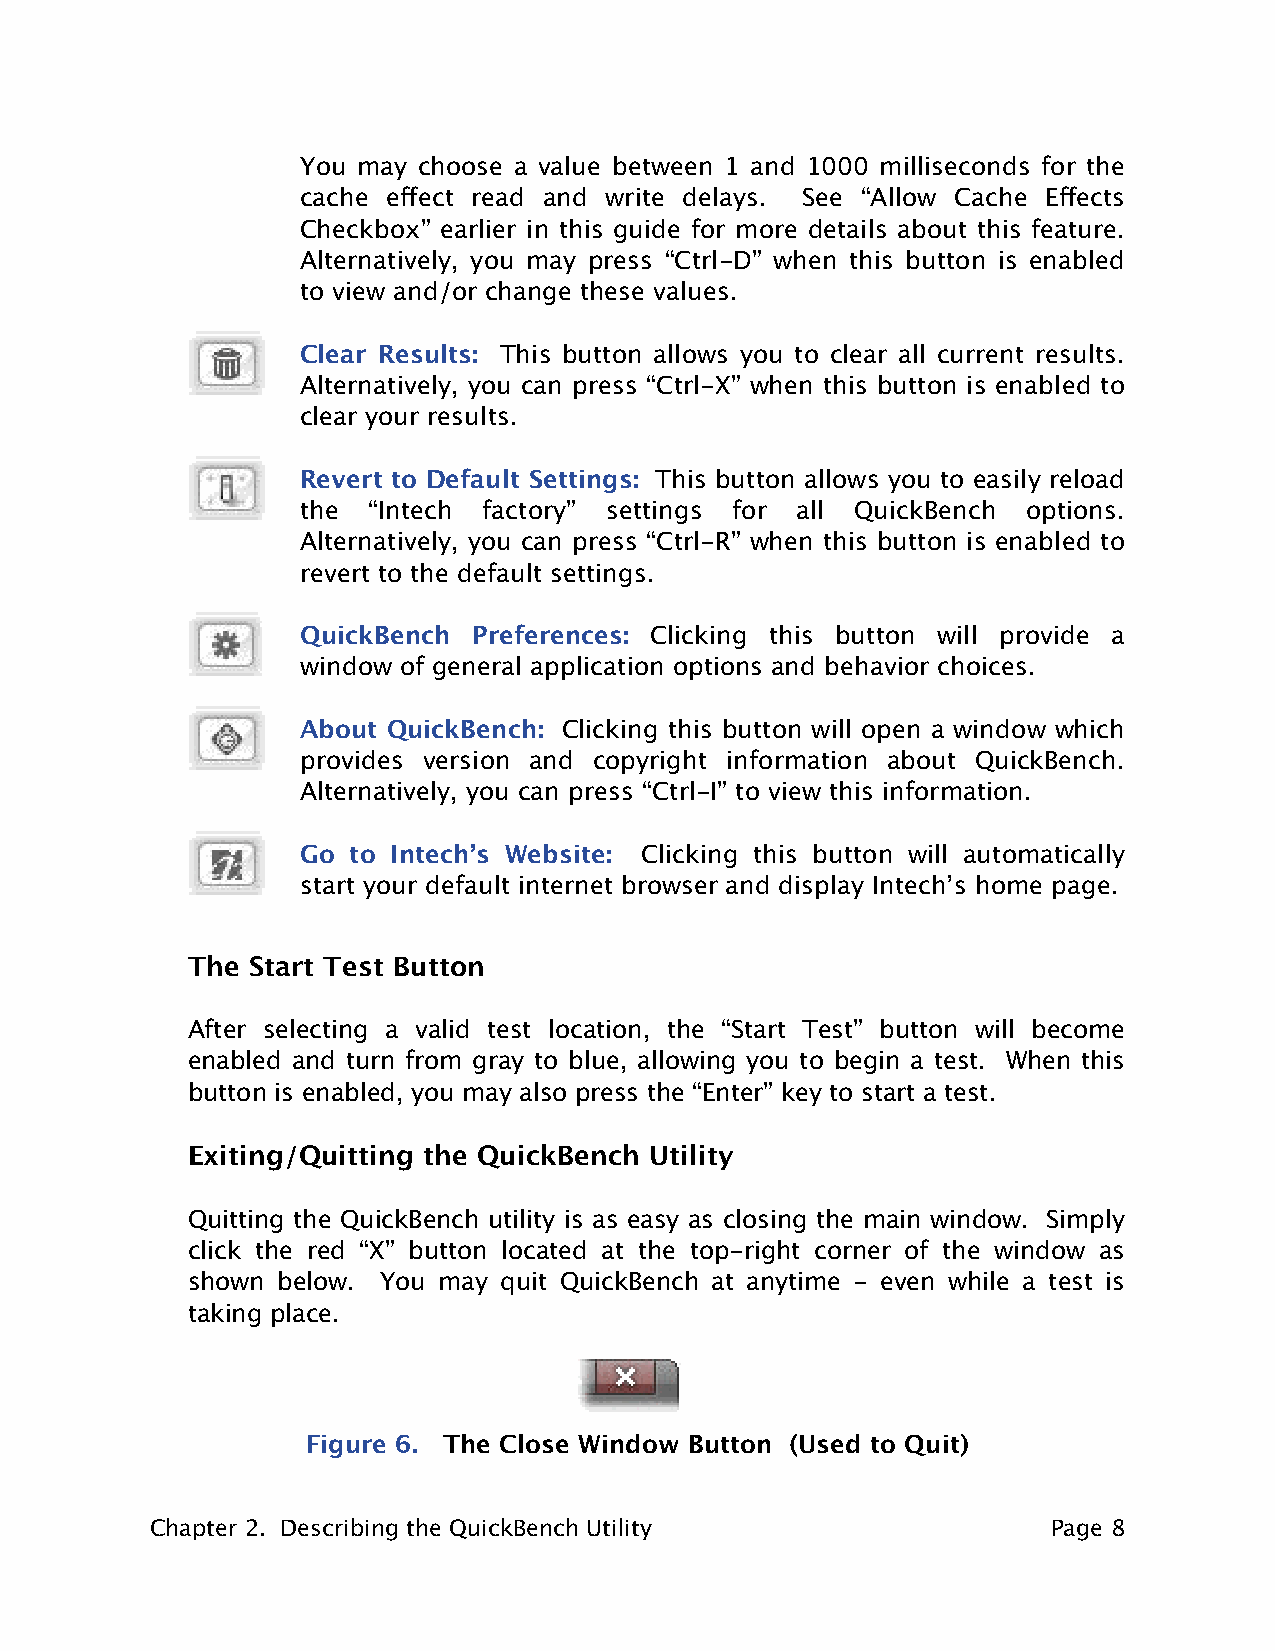
You may choose a value between 1 and 1000 milliseconds for the
 cache effect read and write delays. See “Allow Cache Effects
 Checkbox” earlier in this guide for more details about this feature.
 Alternatively, you may press “Ctrl-D” when this button is enabled
 to view and/or change these values.
 Clear Results: This button allows you to clear all current results.
 Alternatively, you can press “Ctrl-X” when this button is enabled to
 clear your results.
 Revert to Default Settings: This button allows you to easily reload
 the “Intech factory” settings for all QuickBench options.
 Alternatively, you can press “Ctrl-R” when this button is enabled to
 revert to the default settings.
 QuickBench Preferences: Clicking this button will provide a
 window of general application options and behavior choices.
 About QuickBench: Clicking this button will open a window which
 provides version and copyright information about QuickBench.
 Alternatively, you can press “Ctrl-I” to view this information.
 Go to Intech’s Website: Clicking this button will automatically
 start your default internet browser and display Intech’s home page.
 The Start Test Button
 After selecting a valid test location, the “Start Test” button will become
 enabled and turn from gray to blue, allowing you to begin a test. When this
 button is enabled, you may also press the “Enter” key to start a test.
 Exiting/Quitting the QuickBench Utility
 Quitting the QuickBench utility is as easy as closing the main window. Simply
 click the red “X” button located at the top-right corner of the window as
 shown below. You may quit QuickBench at anytime - even while a test is
 taking place.
 Figure 6. The Close Window Button (Used to Quit)
 Chapter 2. Describing the QuickBench Utility                Page 8